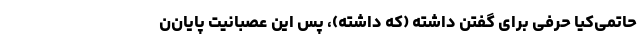
حاتمی‌کیا حرفی برای گفتن داشته (که داشته)، پس این عصبانیت پایان‌ن